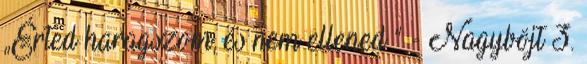
„Érted haragszom, és nem ellened ” - Nagyböjt 3.